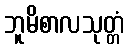
ဘူမိစာလသုတ္တံ